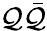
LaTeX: \mathcal{Q}\bar{{\mathcal{Q}}}